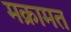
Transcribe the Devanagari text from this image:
मक्रामत